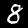
Label: 8